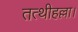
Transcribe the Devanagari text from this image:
तत्थीहल्ला।